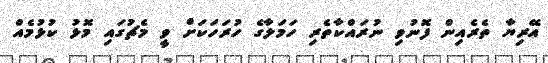
އޭރިޔާ ތެރެއިން ފޮނުވި ނުރައްކާތެރި ހަމަލާގެ ހުރަހަކަށް ވީ މެޗުގައި މޮޅު ކުޅުމެއް